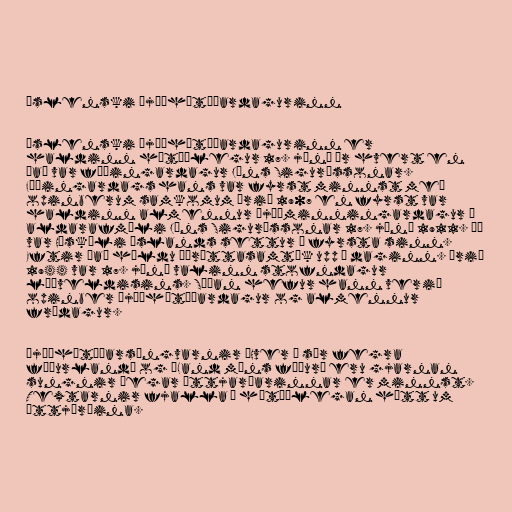
Íslenski þjóðhátíðardagurinn

Íslenski þjóðhátíðardagurinn er
haldinn hátíðlegur 17. júní ár hvert en
það var fæðingardagur Jóns Sigurðssonar.
Fæðingardags hans var fyrst minnst með
opinberum samkomum árið 1907 en fyrst var
haldinn almennur þjóðminningardagur á
aldarafmæli Jóns Sigurðssonar 17. júní 1911. Þá
var Háskóli Íslands settur í fyrsta sinn.
Eftir það héldu íþróttasamtök upp á daginn. Árið
1944 var 17. júní valinn stofndagur
lýðveldisins. Síðan hefur hann verið
opinber þjóðhátíðardagur og almennur
frídagur.

Þjóðhátíðarsöngvarnir „Hver á sér fegra
föðurland“ og „Land míns föður“ eru gjarnan
sungnir þegar ættjarðarinnar er minnst.
Textarnir fjalla á hátíðlegan hátt um
ættjörðina.